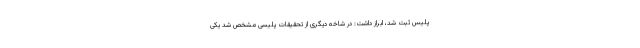
پلیس ثبت شد، ابراز داشت: در شاخه دیگری از تحقیقات پلیسی مشخص شد یکی